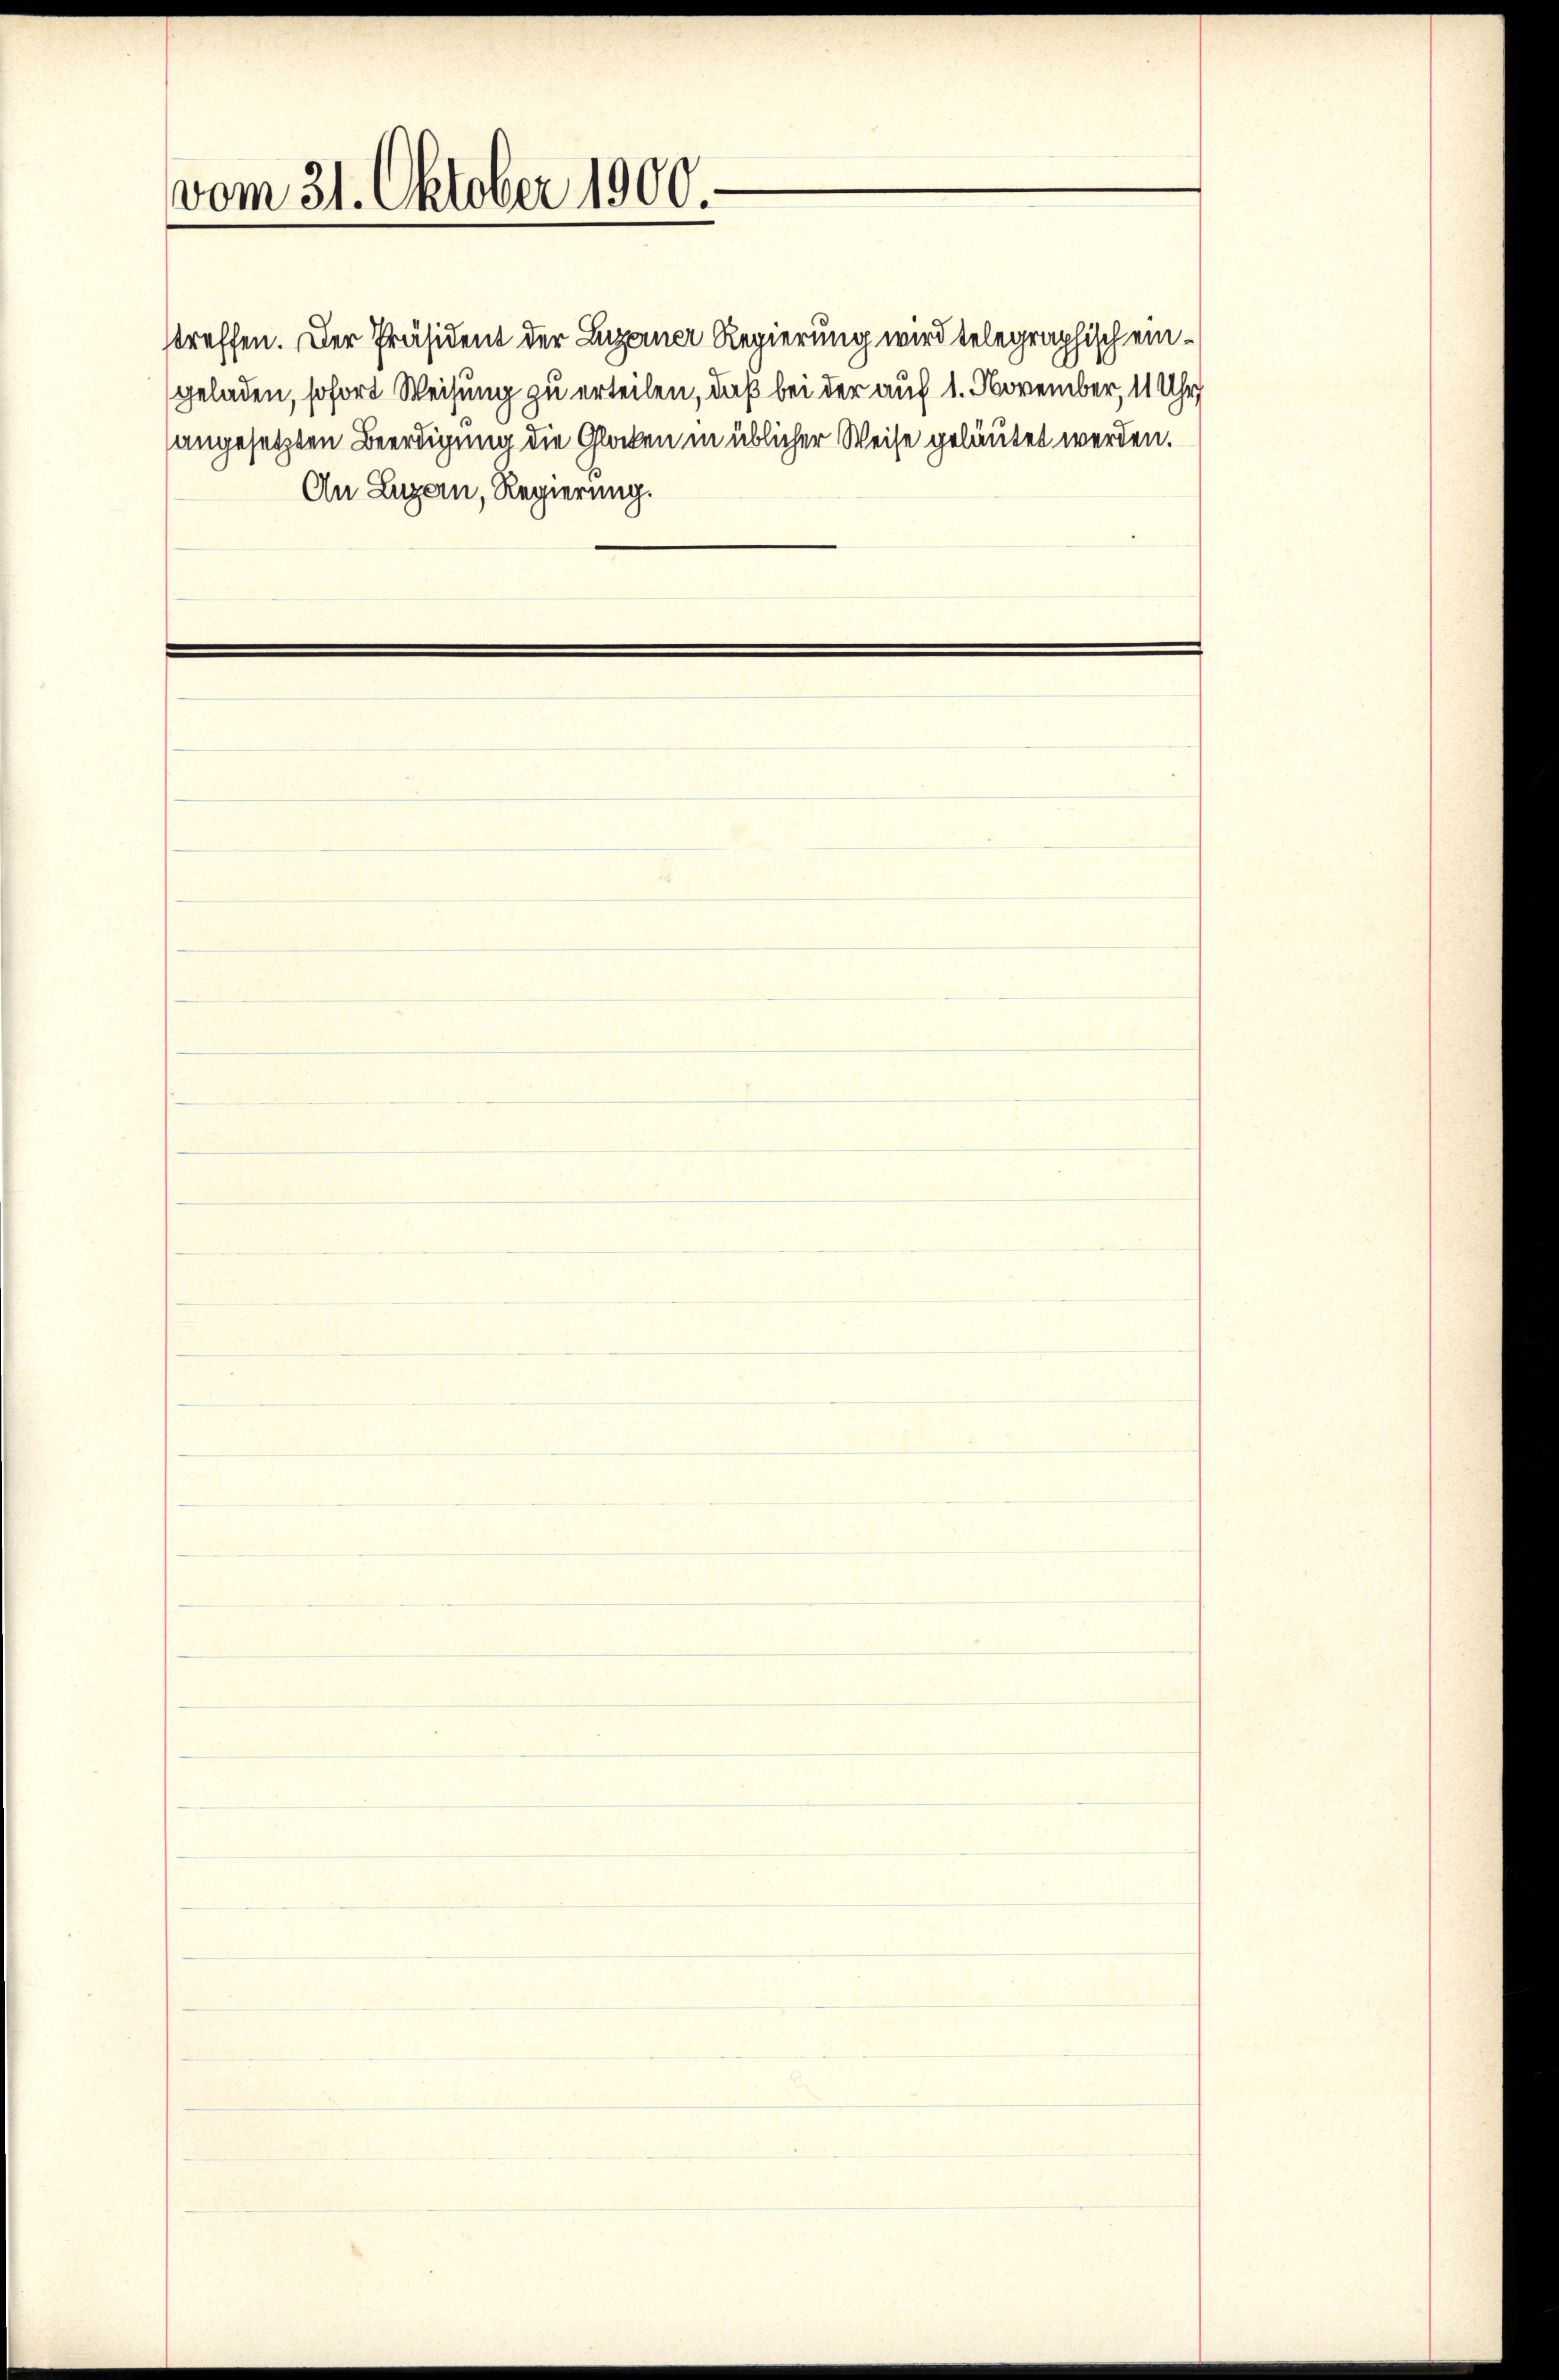
vom 31. Oktober 1900.

geladen, sofort Weisung zu erteilen, daß bei der auf 1. November, 11 Uhr
angesetzten Beerdigung die Glocken in üblicher Weise geläutet werden.
An Luzern, Regierung.

streffen. Der Präsident der Luzerner Regierung wird telegraphisch ein¬